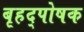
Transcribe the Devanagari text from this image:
बृहद्पोषक